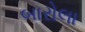
બારોલા